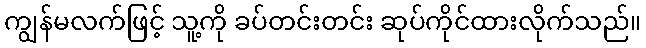
ကျွန်မလက်ဖြင့် သူ့ကို ခပ်တင်းတင်း ဆုပ်ကိုင်ထားလိုက်သည်။